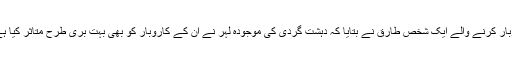
داتا دربار کے قریب موجود پکی پکائی دیگوں کا کاروبار کرنے والے ایک شخص طارق نے بتایا کہ دہشت گردی کی موجودہ لہر نے ان کے کاروبار کو بھی بہت بری طرح متاثر کیا ہے اور ان کی روزانہ کی سیل 80 فیصد کم ہو گئی ہے۔